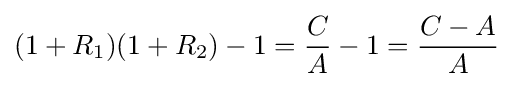
(1+R_{1})(1+R_{2})-1={\frac {C}{A}}-1={\frac {C-A}{A}}